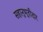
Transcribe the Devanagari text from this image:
सहानुभूतीदार